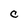
Character: C